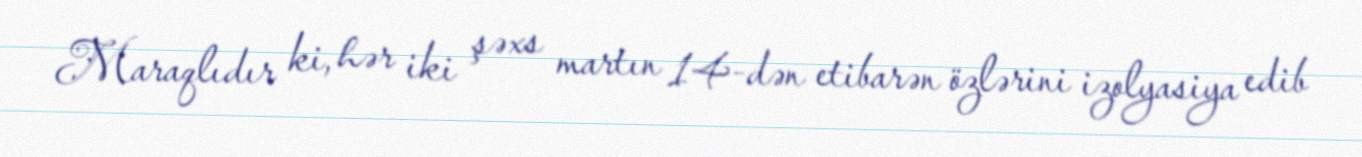
Maraqlıdır ki, hər iki şəxs martın 14-dən etibarən özlərini izolyasiya edib